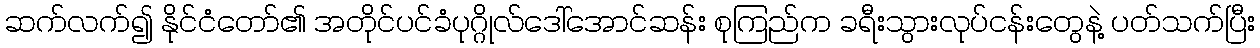
ဆက်လက်၍ နိုင်ငံတော်၏ အတိုင်ပင်ခံပုဂ္ဂိုလ်ဒေါ်အောင်ဆန်း စုကြည်က ခရီးသွားလုပ်ငန်းတွေနဲ့ ပတ်သက်ပြီး